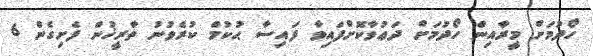
ހޯދުމަށް މީރާއިން ހޯދުމަށް ދަޢުވާކޮށްފައިވާ ފައިސާ ޙުކުމް ކުރެވުނު ތާރީޚުން ފެށިގެން 6